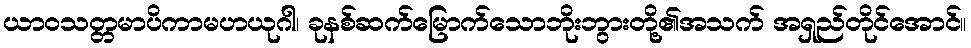
ယာဝသတ္တမာပိကာမဟယုဂါ၊ ခုနစ်ဆက်မြောက်သောဘိုးဘွားတို့၏အသက် အရှည်တိုင်အောင်။